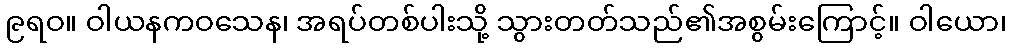
၉ရဝ။ ဝါယနကဝသေန၊ အရပ်တစ်ပါးသို့ သွားတတ်သည်၏အစွမ်းကြောင့်။ ဝါယော၊